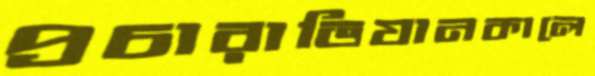
প্রচারাভিযানকালে